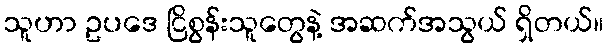
သူဟာ ဥပဒေ ငြိစွန်းသူတွေနဲ့ အဆက်အသွယ် ရှိတယ်။